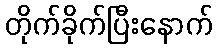
တိုက်ခိုက်ပြီးနောက်